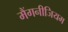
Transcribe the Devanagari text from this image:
मैंगनीजियम